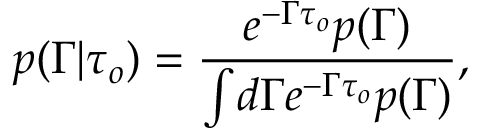
p ( \Gamma \vert \tau _ { o } ) = \frac { e ^ { - \Gamma \tau _ { o } } p ( \Gamma ) } { \int \! d \Gamma e ^ { - \Gamma \tau _ { o } } p ( \Gamma ) } ,